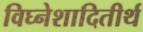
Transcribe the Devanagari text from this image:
विघ्नेशादितीर्थ